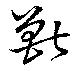
獸